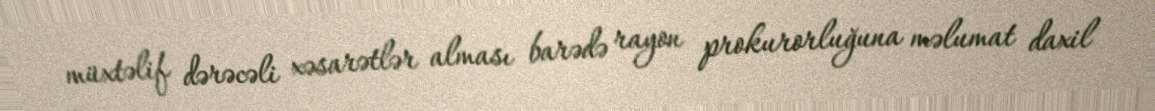
müxtəlif dərəcəli xəsarətlər alması barədə rayon prokurorluğuna məlumat daxil